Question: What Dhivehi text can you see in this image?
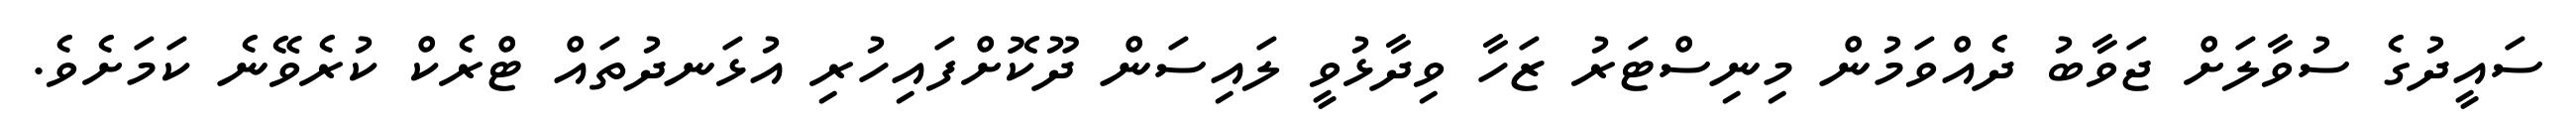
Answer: ސައީދުގެ ސުވާލަށް ޖަވާބު ދެއްވަމުން މިނިސްޓަރު ޒަހާ ވިދާޅުވީ ލައިސަން ދޫކޮށްފައިހުރި އުޅަނދުތައް ޓްރެކް ކުރެވޭނެ ކަމަށެވެ.